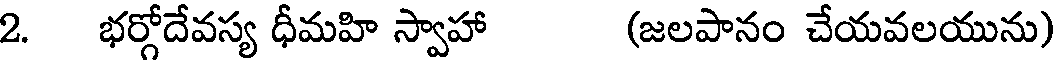
2. భర్గోదేవస్య ధీమహి స్వాహా (జలపానం చేయవలయును)